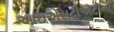
આઇએસટીએટીના